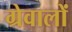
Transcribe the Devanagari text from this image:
ग्रेवालों